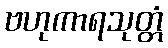
ဗဟုကာရသုတ္တံ